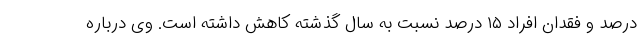
درصد و فقدان افراد ۱۵ درصد نسبت به سال گذشته کاهش داشته است. وی درباره